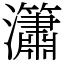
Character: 𤄙